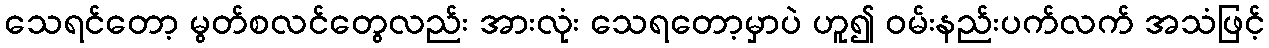
သေရင်တော့ မွတ်စလင်တွေလည်း အားလုံး သေရတော့မှာပဲ ဟူ၍ ဝမ်းနည်းပက်လက် အသံဖြင့်